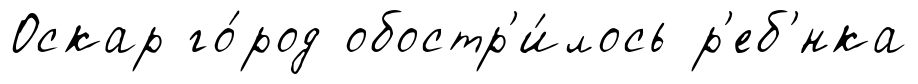
Оскар го́род обостр'и́лось р'еб'́нка